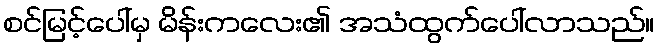
စင်မြင့်ပေါ်မှ မိန်းကလေး၏ အသံထွက်ပေါ်လာသည်။